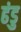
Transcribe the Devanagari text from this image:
ढंडु